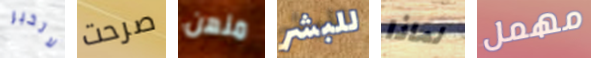
لاتخبر صرحت منهن للبشر لماذا مهمل